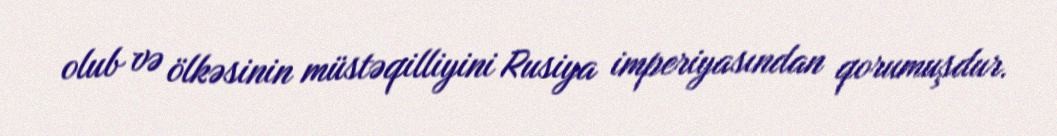
olub və ölkəsinin müstəqilliyini Rusiya imperiyasından qorumuşdur.